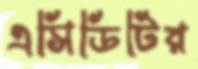
এসিডিটির